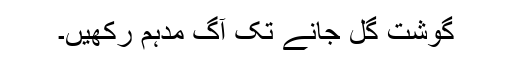
گوشت گل جانے تک آگ مدہم رکھیں۔